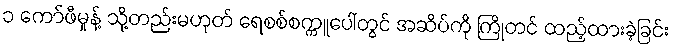
၁ ကော်ဖီမှုန့် သို့တည်းမဟုတ် ရေစစ်စက္ကူပေါ်တွင် အဆိပ်ကို ကြိုတင် ထည့်ထားခဲ့ခြင်း